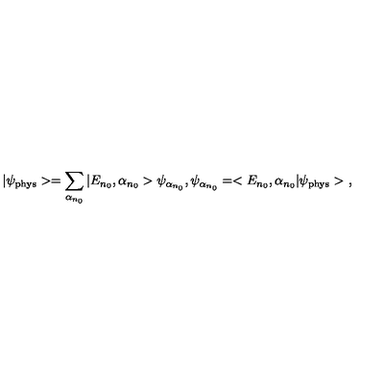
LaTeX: | \psi _ { \mathrm { p h y s } } > = \sum _ { \alpha _ { n _ { 0 } } } | E _ { n _ { 0 } } , \alpha _ { n _ { 0 } } > \psi _ { \alpha _ { n _ { 0 } } } , \psi _ { \alpha _ { n _ { 0 } } } = < E _ { n _ { 0 } } , \alpha _ { n _ { 0 } } | \psi _ { \mathrm { p h y s } } > \ ,